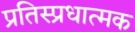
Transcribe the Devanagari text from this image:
प्रतिस्प्रधात्मक